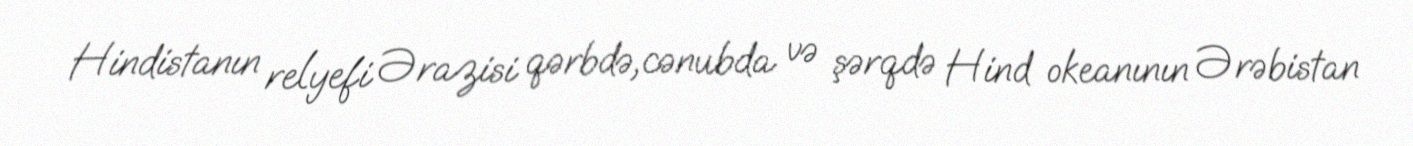
Hindistanın relyefi Ərazisi qərbdə,cənubda və şərqdə Hind okeanının Ərəbistan